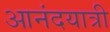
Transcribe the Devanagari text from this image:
आनंदयात्री